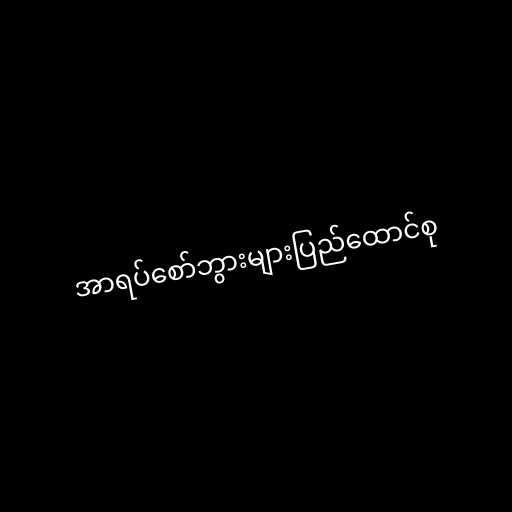
အာရပ်စော်ဘွားများပြည်ထောင်စု